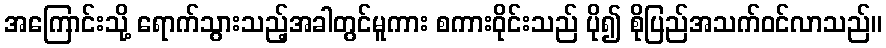
အကြောင်းသို့ ရောက်သွားသည့်အခါတွင်မူကား စကားဝိုင်းသည် ပို၍ စိုပြည်အသက်ဝင်လာသည်။